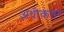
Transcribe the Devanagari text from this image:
अधीकतर